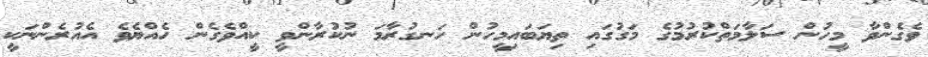
ވެގެންވާ މީހުން ސަލާމަތްކުރުމުގެ މަގުގައި ތިޔަބައިމީހުން ހަނގުރާމަ ނުކުރާންވީ ކީއްވެގެން ހެއްޔެވެ އެއުރެންނަކީ